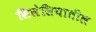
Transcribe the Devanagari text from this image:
सिलेसियातील